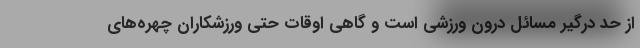
از حد درگیر مسائل درون ورزشی است و گاهی اوقات حتی ورزشکاران چهره‌های